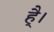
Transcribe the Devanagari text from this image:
है्।